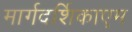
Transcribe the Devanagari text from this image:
मार्गदर्शिकाएम